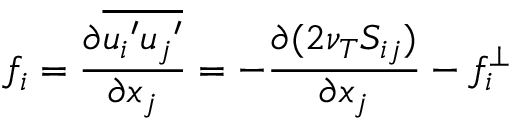
f _ { i } = \frac { \partial \overline { { { u _ { i } } ^ { \prime } { u _ { j } } ^ { \prime } } } } { \partial x _ { j } } = - \frac { \partial ( 2 \nu _ { T } S _ { i j } ) } { \partial x _ { j } } - f _ { i } ^ { \perp }